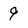
Character: 9